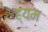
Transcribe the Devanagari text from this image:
ह्यम